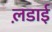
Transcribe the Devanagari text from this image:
ल़डाई